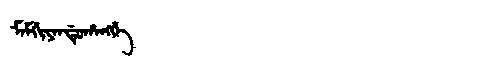
Manchu: ᠮᠠᠮᡤᡳᠶᠠᠨᡩᡠᡥᠠᠩᡤᡝ
Romanization: MAMGIYANDUHANGGE